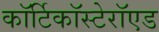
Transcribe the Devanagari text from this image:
कॉर्टिकॉस्टेरॉएड